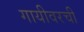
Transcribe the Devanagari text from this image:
गायीवरची